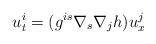
LaTeX: \begin{align*}u^i_t = ( g^{is} \nabla_s \nabla_j h ) u^j_x \end{align*}